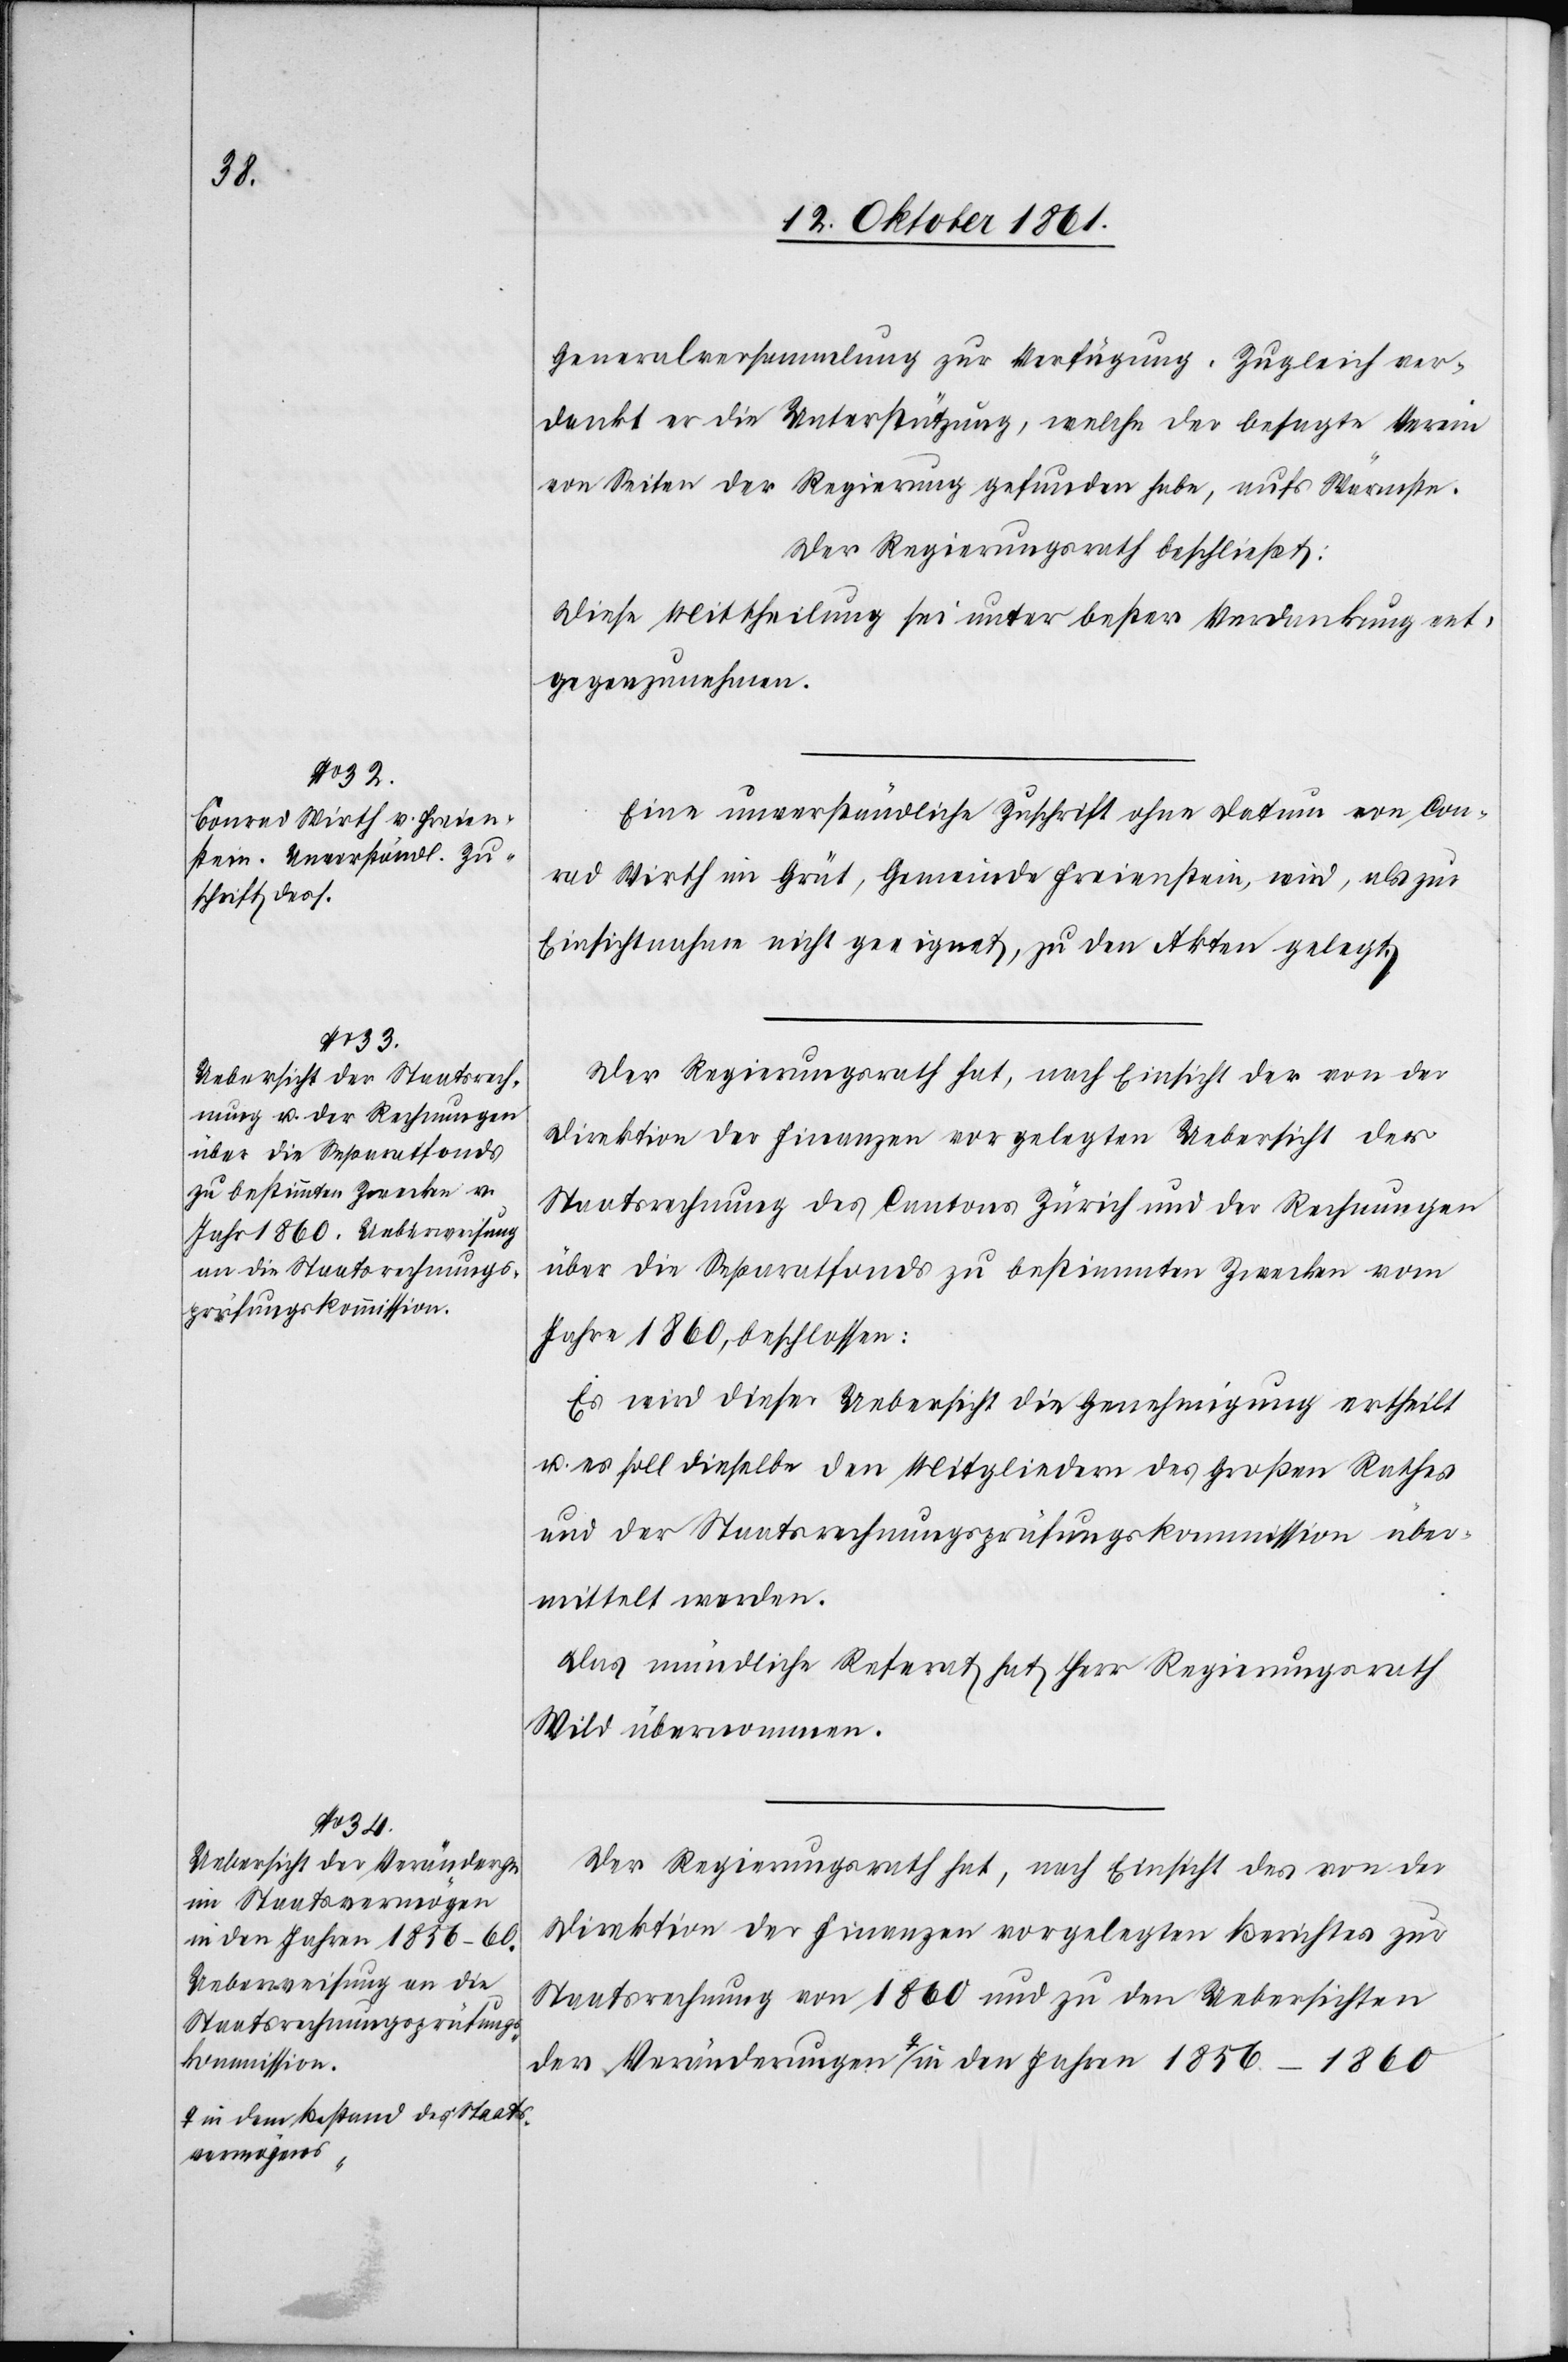
in den Jahren 1856–1860
a-in dem Bestand des Staats¬
vermögens-a

Generalversammlung zur Verfügung. Zugleich ver¬
dankt er die Unterstützung, welche der besagte Verein
von Seiten der Regierung gefunden habe, aufs Wämrste.
Der Regierungsrath beschließt:
Diese Mittheilung sei unter bester Verdankung ent¬
gegenzunehmen.
Eine unverständliche Zuschrift ohne Datum von Con¬
rad Wirth in Grät, Gemeinde Freienstein, wird, als zur
Einsichtnahme nicht geeignet, zu den Akten gelegt.
Der Regierungsrath hat, nach Einsicht der von der
Direktion der Finanzen vorgelegten Uebersicht der
Staatsrechnung des Cantons Zürich und der Rechnungen
über die Separatfonds zu bestimmten Zwecken vom
Jahre 1860, beschlossen:
Es wird dieser Uebersicht die Genehmigung ertheilt
u. es soll dieselbe den Mitgliedern des Großen Rathes
und der Staatsrechnungsprüfungskommission über¬
mittelt werden.
Der Regierungsrath hat, nach Einsicht des von der
Direktion der Finanzen vorgelegten Berichtes zur
Staatsrechnung von 1860 und zu den Uebersichten